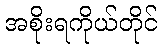
အစိုးရကိုယ်တိုင်